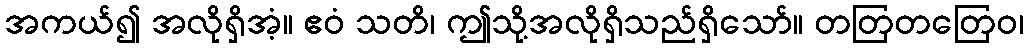
အကယ်၍ အလိုရှိအံ့။ ဧဝံ သတိ၊ ဤသို့အလိုရှိသည်ရှိသော်။ တတြတတြေဝ၊